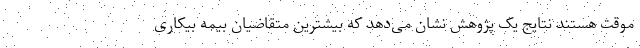
موقت هستند نتایج یک پژوهش نشان می‌دهد که بیشترین متقاضیان بیمه بیکاری